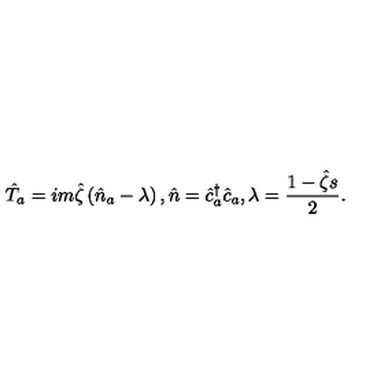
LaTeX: \hat { T } _ { a } = i m \hat { \zeta } \left( \hat { n } _ { a } - \lambda \right) , \hat { n } = \hat { c } _ { a } ^ { \dagger } \hat { c } _ { a } , \lambda = \frac { 1 - \hat { \zeta } s } { 2 } .